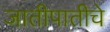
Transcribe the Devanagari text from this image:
जातीपातीचे